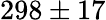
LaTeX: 298\pm 17